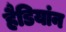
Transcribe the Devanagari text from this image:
हैडियांन